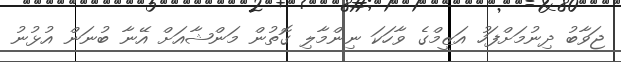
ޖަވާބު ދިނުމަށްފަހު އަޒީމްގެ ވާހަކަ ނިންމާލި ގޮތުން މަންޝާއަށް އޭނާ ބުނަން އުޅުނު